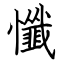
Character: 懺